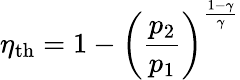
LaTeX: \eta_{\mathrm{{th}}}=1-{\bigg(}{\frac{p_{2}}{p_{1}}}{\bigg)}^{\frac{1-\gamma}{\gamma}}